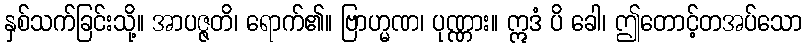
နှစ်သက်ခြင်းသို့။ အာပဇ္ဇတိ၊ ရောက်၏။ ဗြာဟ္မဏ၊ ပုဏ္ဏား။ ဣဒံ ပိ ခေါ၊ ဤတောင့်တအပ်သော